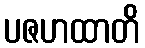
ပဇဟထာတိ